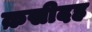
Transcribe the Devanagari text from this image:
क़सीदह